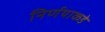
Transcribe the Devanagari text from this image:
निर्णयाकडे